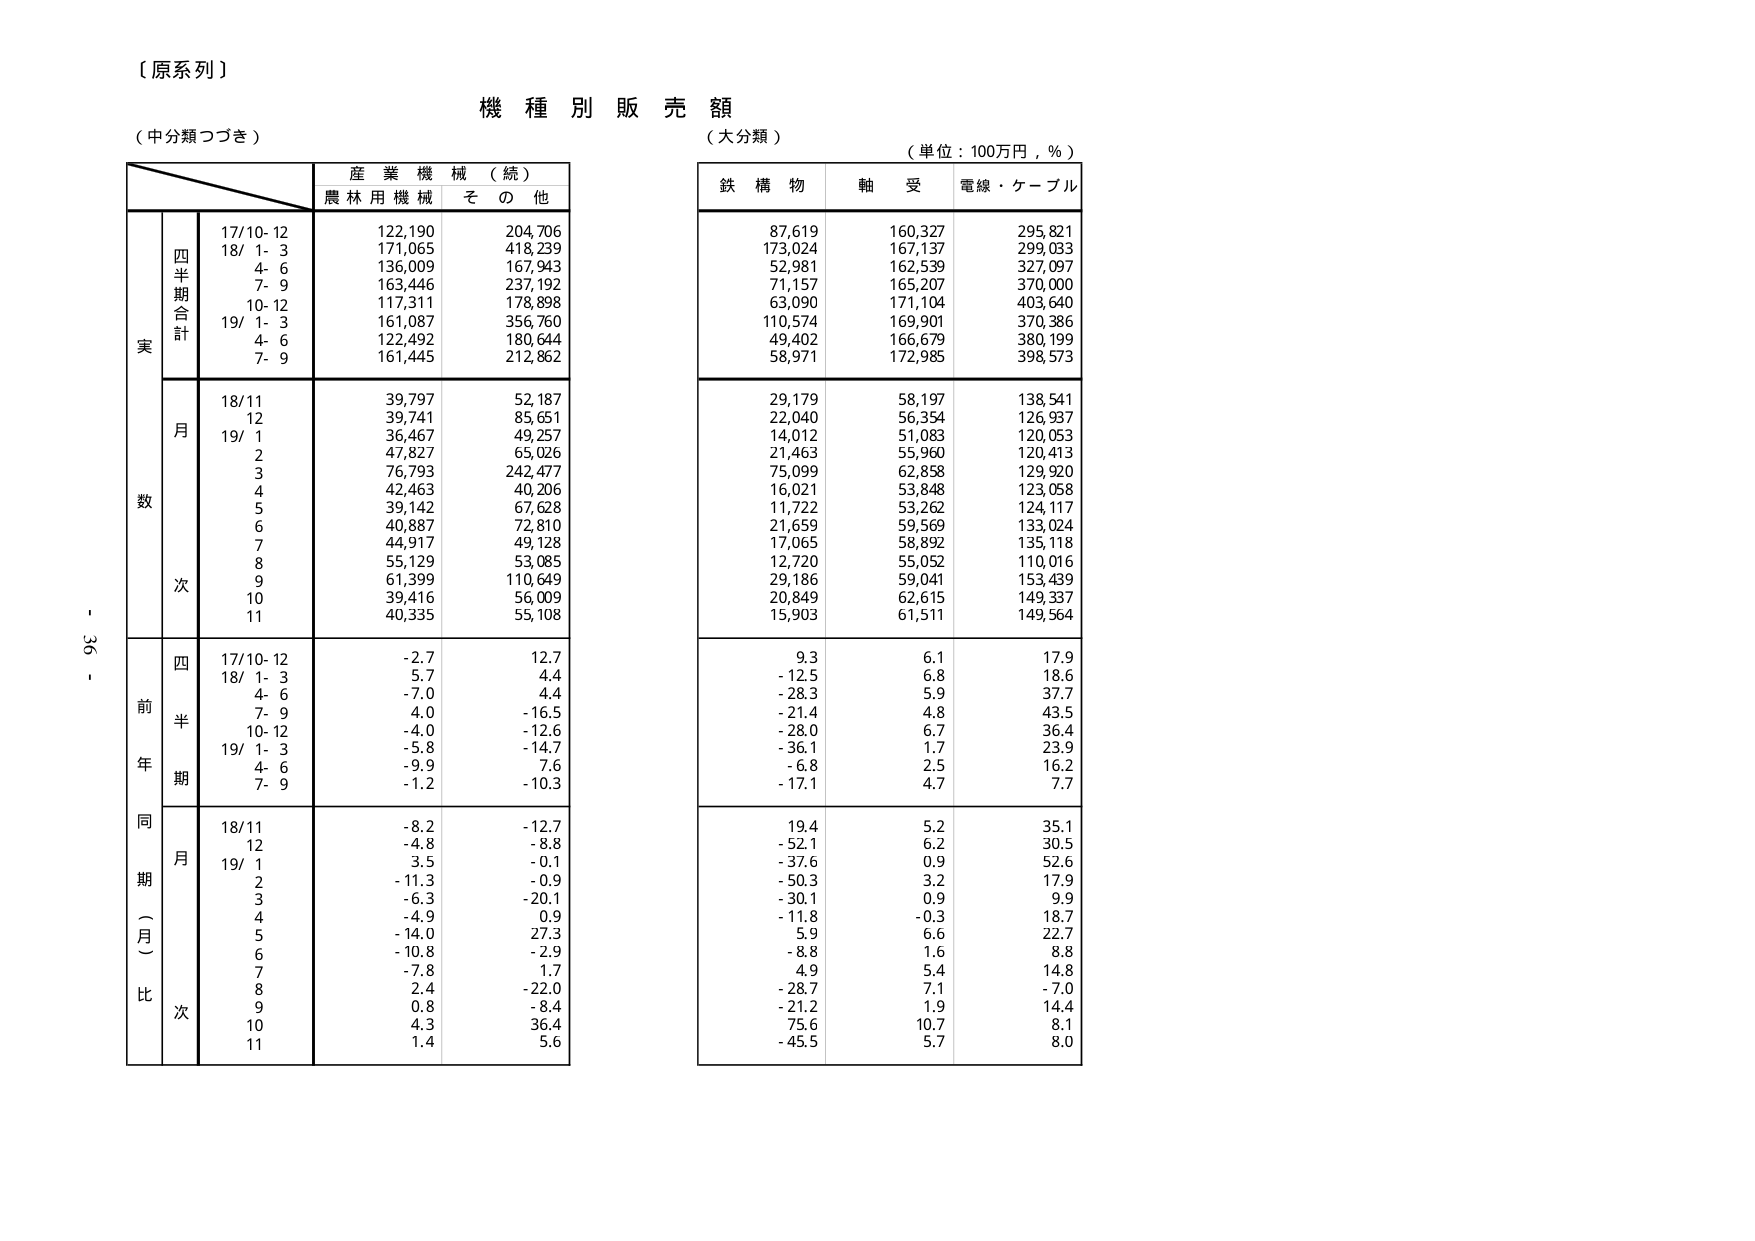
【原系列】

機種別販売額

（中分類つづき）